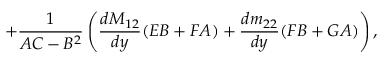
+ \frac { 1 } { { \cal A C } - { \cal B } ^ { 2 } } \left( \frac { d M _ { 1 2 } } { d y } ( { \cal E B } + { \cal F A } ) + \frac { d m _ { 2 2 } } { d y } ( { \cal F B } + { \cal G A } ) \right) ,